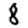
Digit: 8